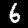
Digit: 6